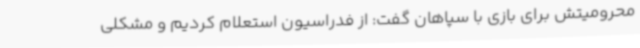
محرومیتش برای بازی با سپاهان گفت: از فدراسیون استعلام کردیم و مشکلی